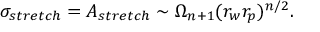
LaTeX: \sigma _ { s t r e t c h } = A _ { s t r e t c h } \sim \Omega _ { n + 1 } ( r _ { w } r _ { p } ) ^ { n / 2 } .